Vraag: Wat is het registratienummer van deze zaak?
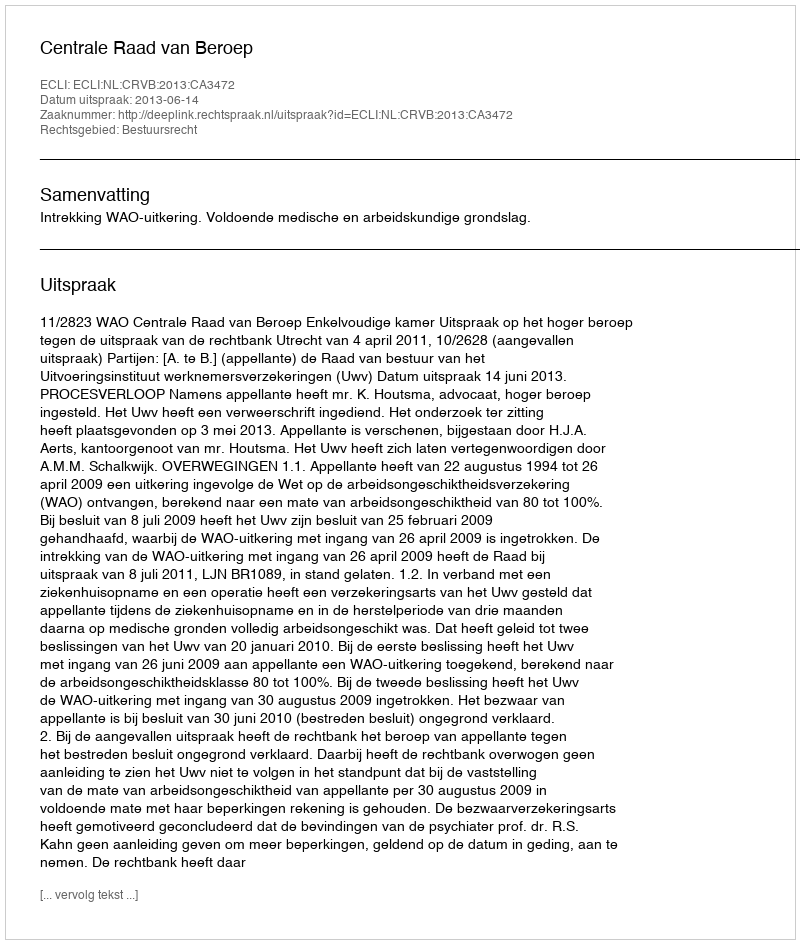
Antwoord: http://deeplink.rechtspraak.nl/uitspraak?id=ECLI:NL:CRVB:2013:CA3472